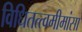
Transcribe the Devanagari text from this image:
विधितत्त्वमीमांसा